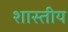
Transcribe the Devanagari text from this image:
शास्तीय